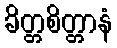
ခိတ္တစိတ္တာနံ